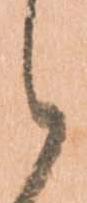
候